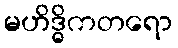
မဟိဒ္ဓိကတရော